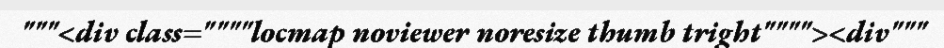
"""<div class=""""locmap noviewer noresize thumb tright""""><div"""